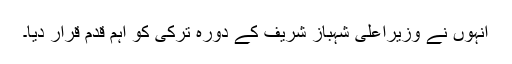
اُنہوں نے وزیراعلیٰ شہباز شریف کے دورہ ترکی کو اہم قدم قرار دیا۔